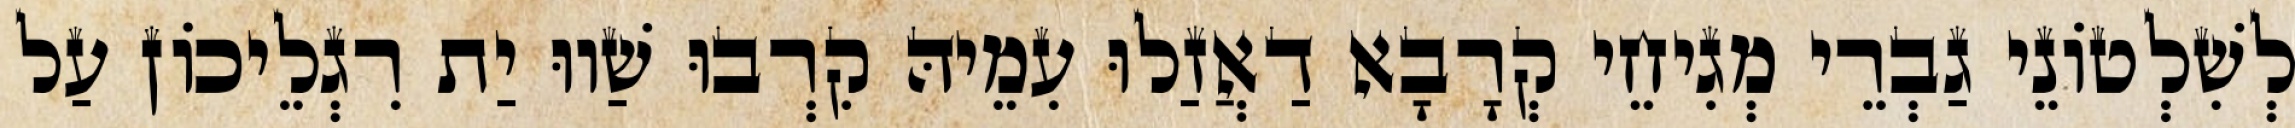
לְשִׁלְטוֹנֵי גַבְרֵי מְגִיחֵי קְרָבָא דַאֲזַלוּ עִמֵיהּ קִרְבוּ שַׁווּ יַת רִגְלֵיכוֹן עַל